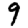
Digit: 9